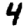
Digit: 4